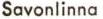
Savonlinna